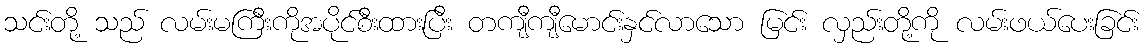
သင်းတို့ သည် လမ်းမကြီးကိုအပိုင်စီးထားပြီး တကျီကျီမောင်းနှင်လာသော မြင်း လှည်းတို့ကို လမ်းဖယ်ပေးခြင်း